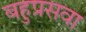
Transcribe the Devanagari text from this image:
बहुप्रसवा